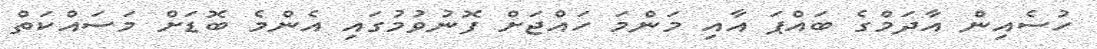
ހުސެއިން އާދަމްގެ ބައްޕަ އާއި މަންމަ ހައްޖަށް ފޮނުވުމުގައި އެންމެ ބޮޑަށް މަސައްކަތް